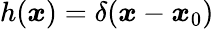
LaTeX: h(\boldsymbol{x})=\delta(\boldsymbol{x}-\boldsymbol{x}_{0})